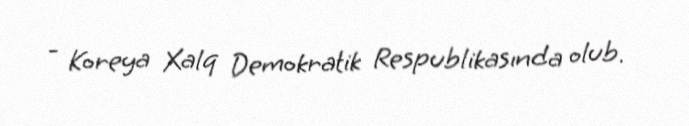
- Koreya Xalq Demokratik Respublikasında olub.